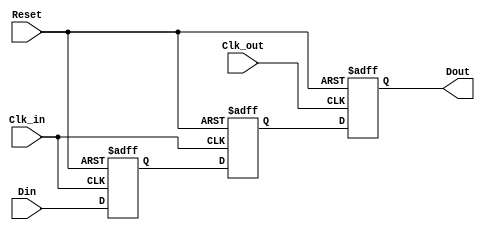
module MemoryBlocksPipelineSynchronizer #(
    parameter DATA_WIDTH = 8,  // Width of the data input/output
    parameter NUM_STAGES = 2    // Number of flip-flop stages for metastability protection
)(
    input  wire [DATA_WIDTH-1:0] Din,     // Data input
    input  wire Clk_in,                    // Clock input for source domain
    input  wire Clk_out,                   // Clock input for destination domain
    input  wire Reset,                      // Asynchronous reset
    output reg  [DATA_WIDTH-1:0] Dout      // Synchronized data output
);

    // Internal signals for intermediate stages
    reg [DATA_WIDTH-1:0] sync_stage [0:NUM_STAGES-1];

    // Synchronization logic
    always @(posedge Clk_in or posedge Reset) begin
        if (Reset) begin
            sync_stage[0] <= {DATA_WIDTH{1'b0}}; // Reset first stage
        end else begin
            sync_stage[0] <= Din; // Sample input data on source clock
        end
    end

    // Additional stages for metastability protection
    genvar i;
    generate
        for (i = 1; i < NUM_STAGES; i = i + 1) begin : sync_stages
            always @(posedge Clk_in or posedge Reset) begin
                if (Reset) begin
                    sync_stage[i] <= {DATA_WIDTH{1'b0}}; // Reset subsequent stages
                end else begin
                    sync_stage[i] <= sync_stage[i-1]; // Pass data to next stage
                end
            end
        end
    endgenerate

    // Output logic sampled on the destination clock domain
    always @(posedge Clk_out or posedge Reset) begin
        if (Reset) begin
            Dout <= {DATA_WIDTH{1'b0}}; // Reset output
        end else begin
            Dout <= sync_stage[NUM_STAGES-1]; // Output last stage data
        end
    end

endmodule